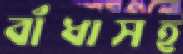
বাঁধাসহ